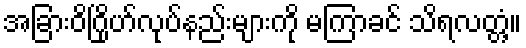
အခြားဝိဂြိုဟ်လုပ်နည်းများကို မကြာခင် သိရလတ္တံ့။